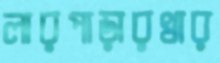
লারপাড়ারখার